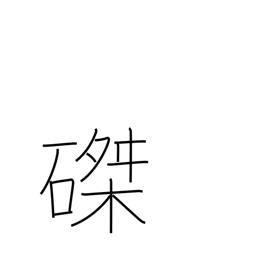
Meaning: crucifixion